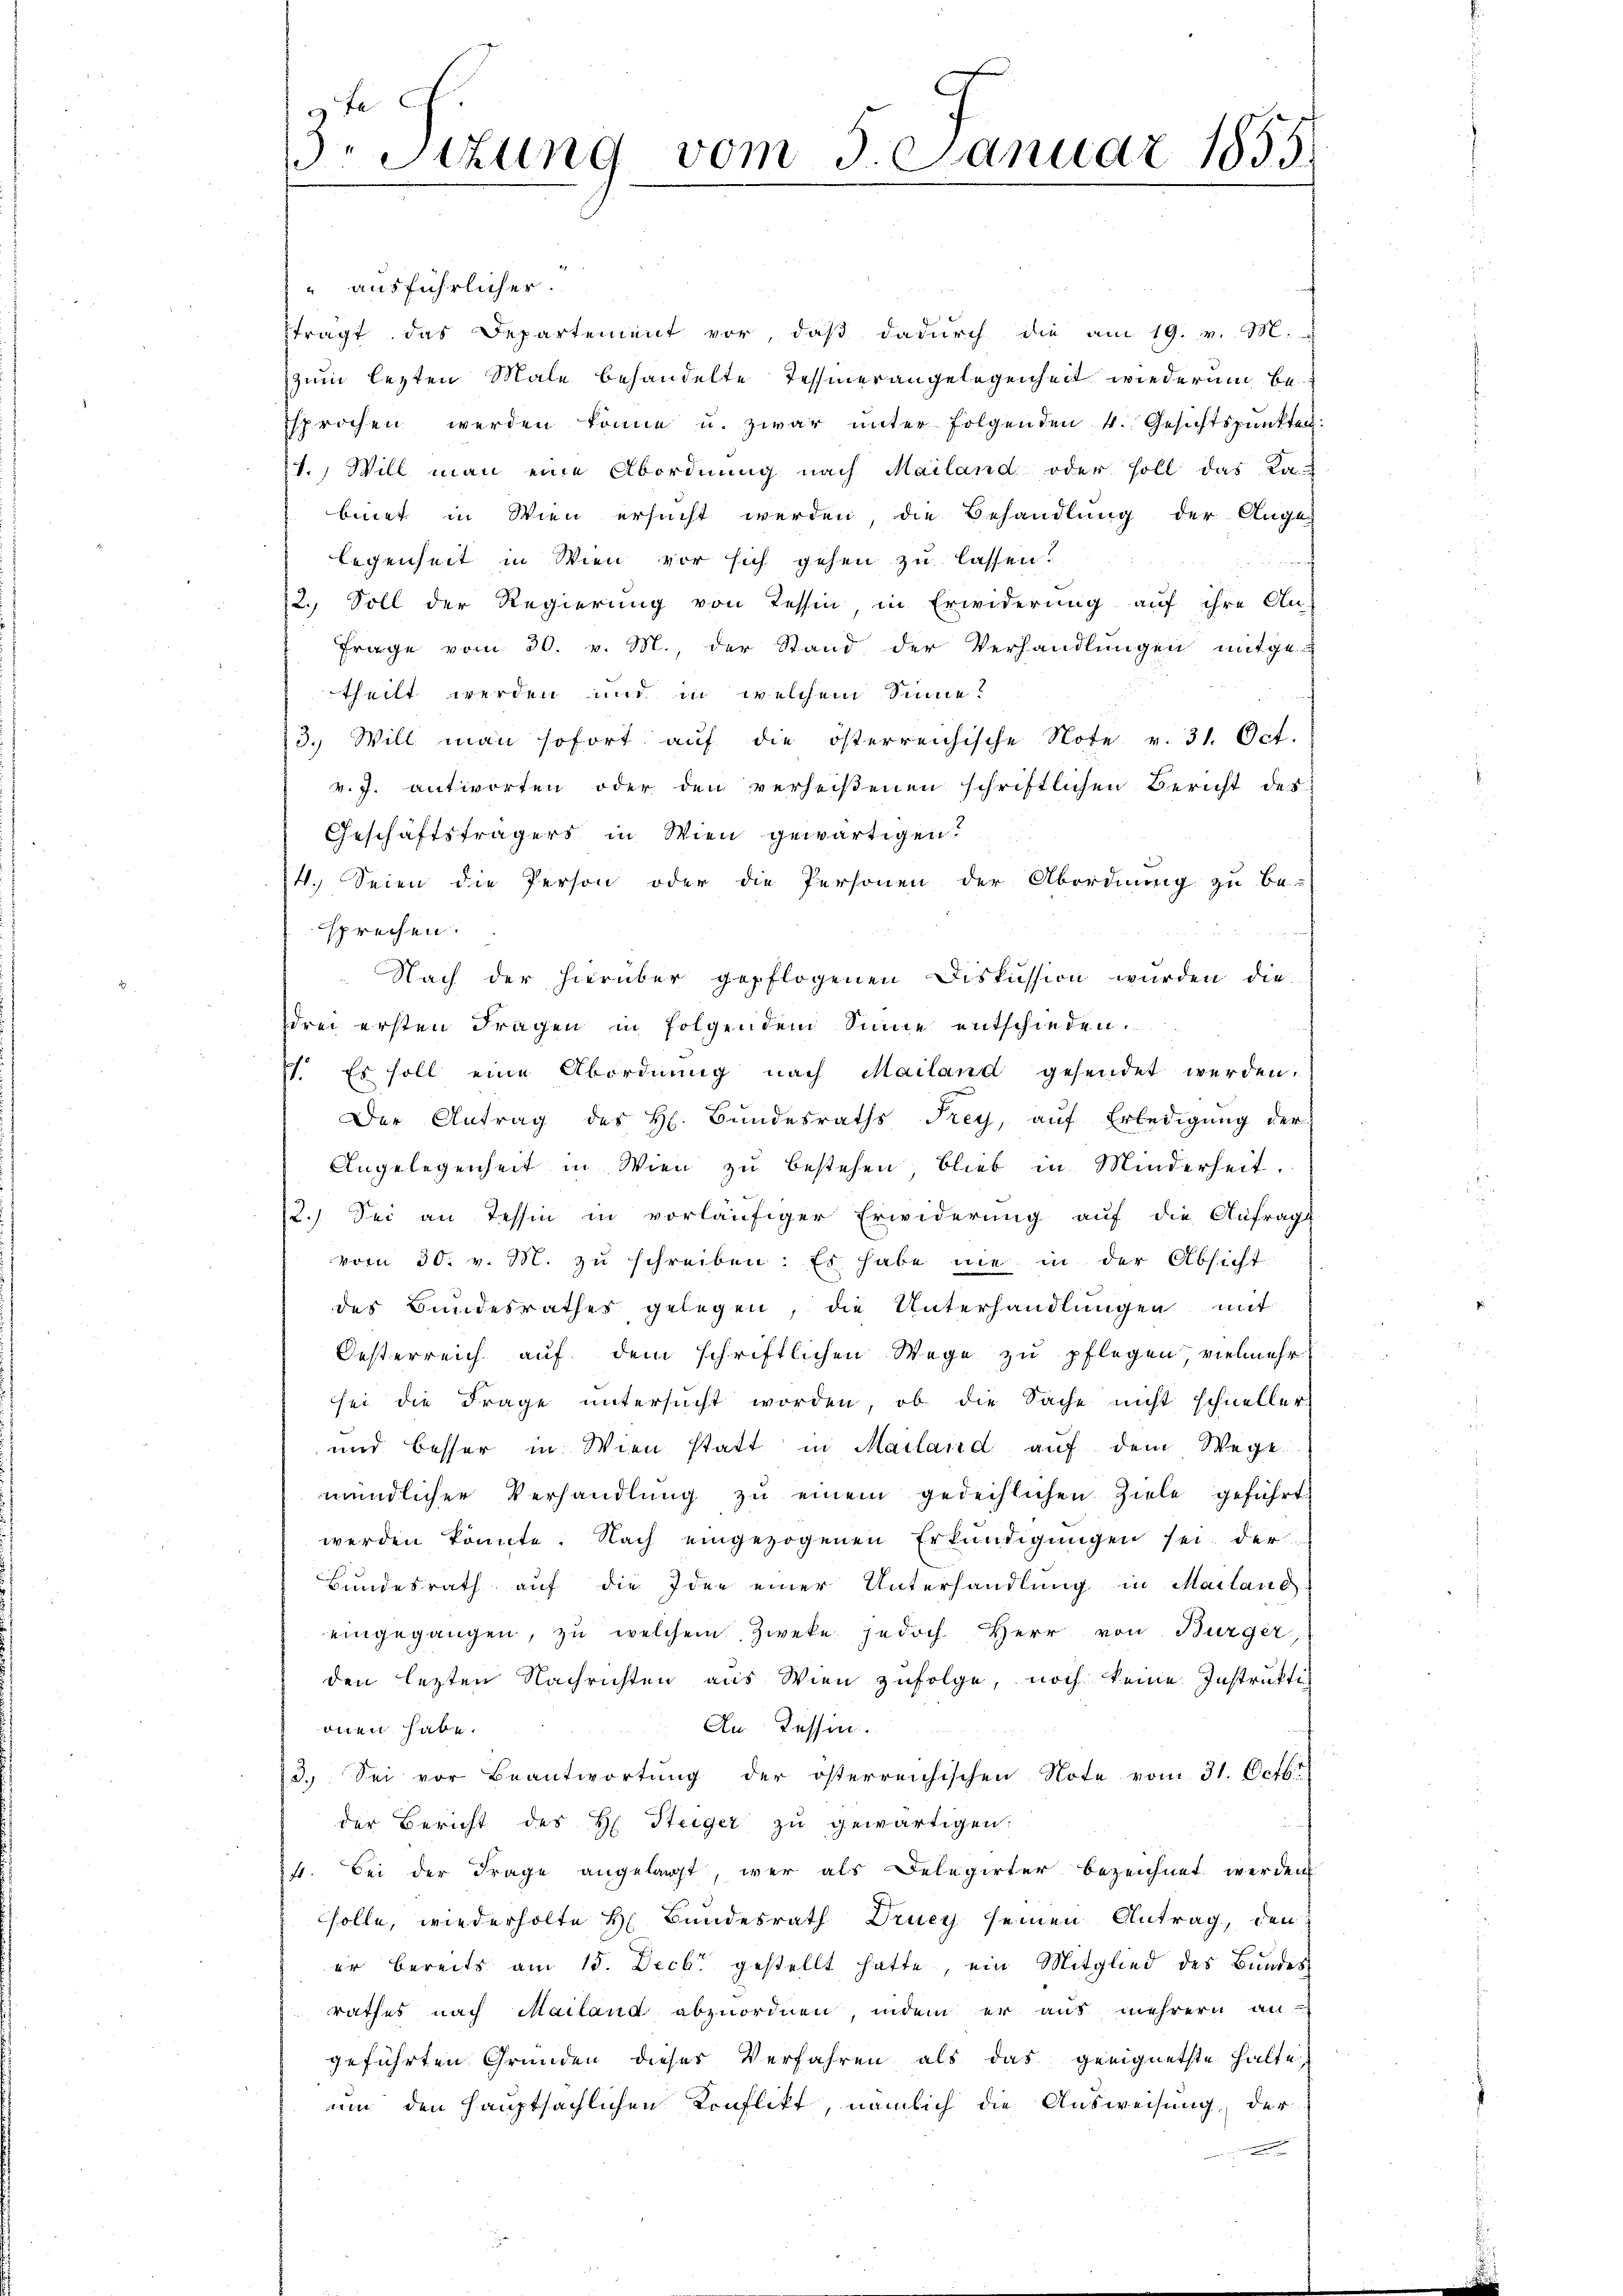
ausführlicher.
trägt das Departement vor, daß dadurch die am 19. v. M.
zum lezten Male behandelte Tessinerangelegenheit wiederum besprochen werden könne u. zwar ŭnter folgenden 4. Gesichtspunkten.
1.) Will man eine Abordnung nach Mailand oder soll das Ka-
binet in Wien ersucht werden, die Behandlung der Auge
legenheit in Wien vor sich gehen zu lassen.
12. Soll der Regierung von Tessin in Erwiderung auf ihre An-
Frage vom 30. v. M., der Stand der Verhandlungen mitge-
theilt werden und in welchem Sinne?
13. Will man sofort aŭf die österreichische Note v. 31. Oct.
v. J. antworten oder den verheißenen schriftlichen Bericht des
Geschäftsfragers in Wien gewärtigen?
4. Seien die Person oder die Personen der Abordnung zu be-
sprechen.
Nach der hierüber gepflogenen Diskussion wurden die
drei ersten Fragen in folgendem Sinne entschieden.
1. Es soll eine Abordnung nach Mailand gesendet werden.
Der Antrag des H. Bundesraths Frey, auf Erledigung der
Angelegenheit in Wien zu bestehen blieb in Minderheit
2.) Sei an Tessin in vorläufiger Erwiderung auf die Anfrags
vom 30. v. M. zu schreiben. Es habe nie in der Absicht
des Bundesrathes gelegen, die Unterhandlungen mit
Oesterreich auf dem schriftlichen Wege zu pflegen vielmehr
sei die Frage untersŭcht worden, ob die Sache nicht schneller
und besser in Wien statt in Mailand auf dem Wege
mündlicher Verhandlŭng zŭ einem gedechlichen Ziele geführt
werden könnte. Nach eingezogenen Erkundigungen sei der
Bundesrath auf die Idee einer Unterhandlung in Mailand-
eingegangen, zu welchem Zweke jedoch Herr von Bürger
den letzten Nachrichten aus Wien zufolge, noch keine Instrukti
An Tessin.
onen habe.
3.) Sei vor Beantwortung der österreichischen Note vom 31. Octbr.
der Bericht des H. Steiger zŭ gewärtigen:
ist. Bei der Frage angelangt, wer als Delegirter bezeichnet werden
solle, wiederholte H. Bundesrath Drucy seinen Antrag, den
er bereits am 15. Decbr gestellt hatte, ein Mitglied des Bundesrathes nach Mailand abzuordnen, indem er aus mehrern an-
geführten Gründen dieses Verfahren als das geeignetste halte,
um den Hauptsächlichen Konflikt, nämlich die Ausweisung, der
e

9t
r Situng vom 3. Januar 1855.